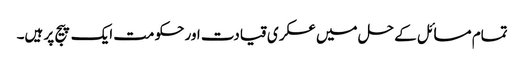
تمام مسائل کے حل میں عسکری قیادت اور حکومت ایک پیج پر ہیں۔